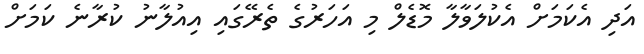
އަދި އެކަމަށް އެކުލަވާލާ މޮޑެލް މި އަހަރުގެ ތެރޭގައި އިއުލާނު ކުރާނެ ކަމަށް